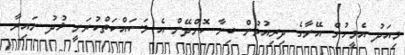
މިއަދު އެމީހުން އޭނާގެ ދިރިއުޅުން ބިނާ ކޮށްދޭން އެ މަސައްކަތްކުރަނީ ޚުދު ނައިރާ